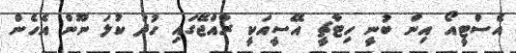
އެސްޓީއޯ އިން ބުނީ ހިޓާޗީ އޭސީއަކީ ރާއްޖޭގައި ހުދު ކުލަ ނޫން އެހެން